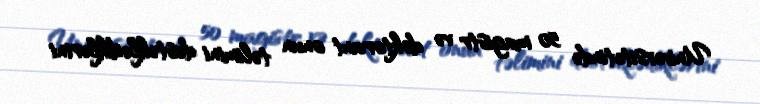
Universitetində 50 magistr və doktorant onun təlimini dəstəklədiklərini